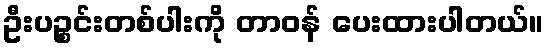
ဦးပဉ္စင်းတစ်ပါးကို တာဝန် ပေးထားပါတယ်။